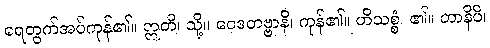
ရေတွက်အပ်ကုန်၏။ ဣတိ၊ သို့။ ဝေဒတဗ္ဗာနိ၊ ကုန်၏။ ဟိသစ္စံ၊ ၏။ တာနိပိ၊